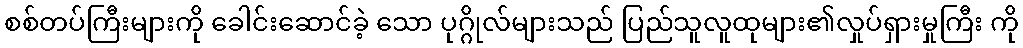
စစ်တပ်ကြီးများကို ခေါင်းဆောင်ခဲ့ သော ပုဂ္ဂိုလ်များသည် ပြည်သူလူထုများ၏လှုပ်ရှားမှုကြီး ကို